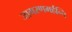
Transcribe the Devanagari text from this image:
जागरणमर्हन्ति